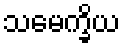
သမေက္ခိယ